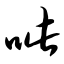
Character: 呲